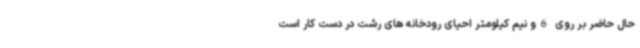
حال حاضر بر روی 6و نیم کیلومتر احیای رودخانه های رشت در دست کار است